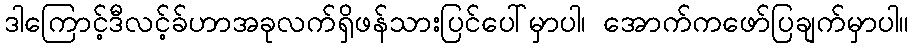
ဒါကြောင့်ဒီလင့်ခ်ဟာအခုလက်ရှိဖန်သားပြင်ပေါ်မှာပါ၊ အောက်ကဖော်ပြချက်မှာပါ။